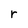
Character: r